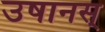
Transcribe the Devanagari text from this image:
उषानस्‌